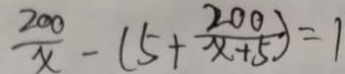
\frac { 2 0 0 } { x } - ( 5 + \frac { 2 0 0 } { x + 5 } ) = 1